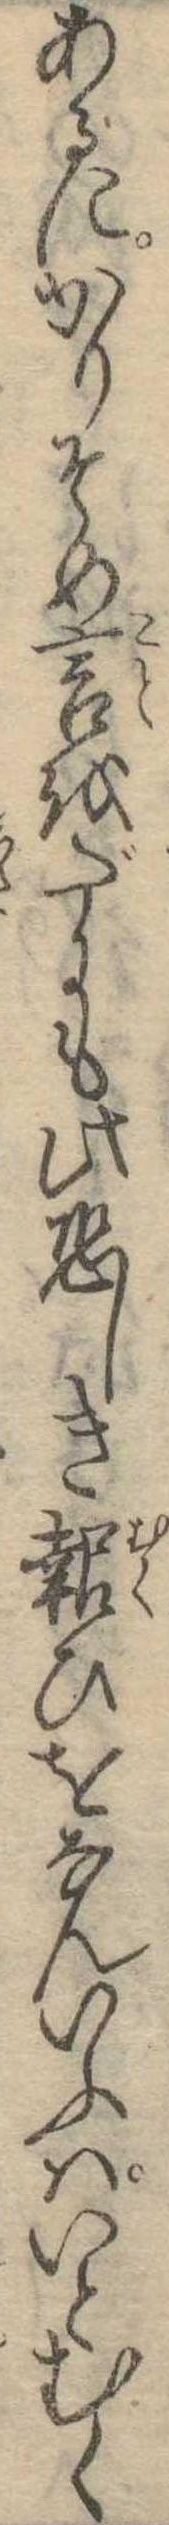
あるにかりそめ言をだにも此恐しき報ひをなんいふはいとむく